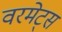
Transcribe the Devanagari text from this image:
वरमेट्स